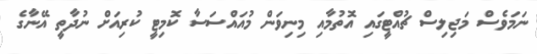
ނަމަވެސް މަޖިލިސް ޗުއްޓީގައި އޮތުމާއި މިނިވަން މުއައްސަސާ ކޮމިޓީ ކުރިއަށް ނުދާތީ އޭނާގެ